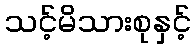
သင့်မိသားစုနှင့်